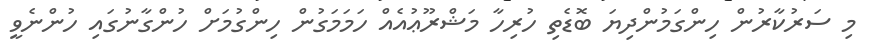
މި ސަރުކާރުން ހިންގަމުންދިޔަ ބޮޑެތި ހުރިހާ މަޝްރޫޢުއެއް ހަމަމަގުން ހިންގުމަށް ހުންގާނުގައި ހުންނެވީ